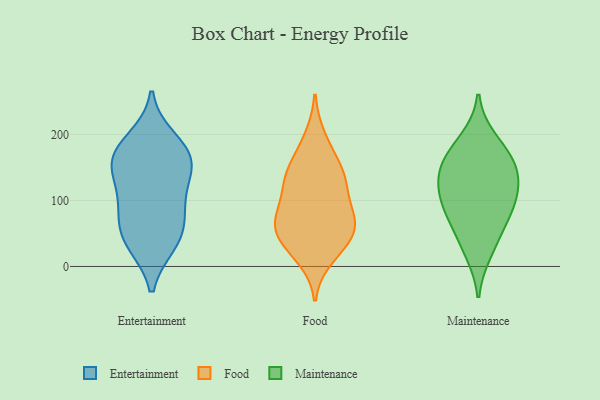
{"axis": {"x": "Operating Costs (USD K)", "y": "Value"}, "legend": ["Entertainment", "Food", "Maintenance"], "data": [{"x": "", "y": 49, "type": "Entertainment"}, {"x": "", "y": 168, "type": "Entertainment"}, {"x": "", "y": 35, "type": "Entertainment"}, {"x": "", "y": 145, "type": "Entertainment"}, {"x": "", "y": 80, "type": "Entertainment"}, {"x": "", "y": 140, "type": "Entertainment"}, {"x": "", "y": 109, "type": "Entertainment"}, {"x": "", "y": 84, "type": "Entertainment"}, {"x": "", "y": 36, "type": "Entertainment"}, {"x": "", "y": 168, "type": "Entertainment"}, {"x": "", "y": 170, "type": "Entertainment"}, {"x": "", "y": 192, "type": "Entertainment"}, {"x": "", "y": 195, "type": "Food"}, {"x": "", "y": 39, "type": "Food"}, {"x": "", "y": 80, "type": "Food"}, {"x": "", "y": 139, "type": "Food"}, {"x": "", "y": 56, "type": "Food"}, {"x": "", "y": 127, "type": "Food"}, {"x": "", "y": 166, "type": "Food"}, {"x": "", "y": 133, "type": "Food"}, {"x": "", "y": 30, "type": "Food"}, {"x": "", "y": 88, "type": "Food"}, {"x": "", "y": 55, "type": "Food"}, {"x": "", "y": 72, "type": "Food"}, {"x": "", "y": 14, "type": "Food"}, {"x": "", "y": 131, "type": "Food"}, {"x": "", "y": 64, "type": "Food"}, {"x": "", "y": 192, "type": "Maintenance"}, {"x": "", "y": 123, "type": "Maintenance"}, {"x": "", "y": 155, "type": "Maintenance"}, {"x": "", "y": 49, "type": "Maintenance"}, {"x": "", "y": 22, "type": "Maintenance"}, {"x": "", "y": 88, "type": "Maintenance"}, {"x": "", "y": 150, "type": "Maintenance"}, {"x": "", "y": 82, "type": "Maintenance"}, {"x": "", "y": 169, "type": "Maintenance"}, {"x": "", "y": 99, "type": "Maintenance"}, {"x": "", "y": 128, "type": "Maintenance"}]}